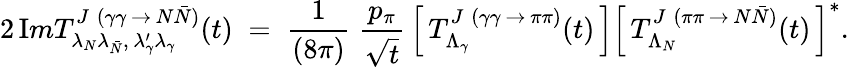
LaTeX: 2\, {\mathrm Im}T_{\lambda_{N}\lambda_{\bar{N}},\, \lambda_{\gamma}^{\prime}\lambda_{\gamma}}^{J\; (\gamma\gamma\, \rightarrow\, N\bar{N})}(t)\; =\; {\frac{1}{(8\pi)}}\; {\frac{p_{\pi}}{\sqrt{t}}}\left[\, T_{\Lambda_{\gamma}}^{J\; (\gamma\gamma\, \rightarrow\, \pi\pi)}(t)\, \right]\left[\, T_{\Lambda_{N}}^{J\; (\pi\pi\, \rightarrow\, N\bar{N})}(t)\, \right]^{\ast}.